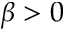
\beta > 0